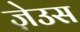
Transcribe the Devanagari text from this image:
ज़ेउस